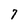
Character: 7